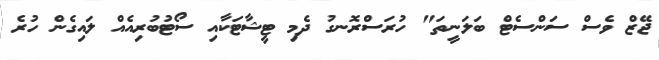
ޖޭޒް ވެސް ސަންސެޓް ބަލަނީތަ" ހުރަސްރޮނގު ދެމި ޓީޝާޓަކާއި ސޯޓުބުރިއެއް ލައިގެން ހުރެ